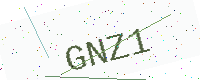
Text: GNZ1